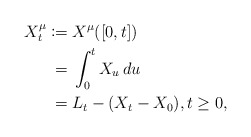
\begin{align*} X_{t}^{\mu } \coloneqq{} & X^{\mu }([0,t]) \\ = {} &\int_{0}^{t}X_{u}\,du \\ = {} &L_{t}-(X_{t}-X_{0}), t\geq 0, \end{align*}